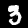
Label: 3